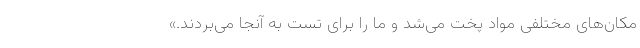
مکان‌های مختلفی مواد پخت می‌شد و ما را برای تست به آنجا می‌بردند.»